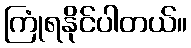
ကြုံရနိုင်ပါတယ်။